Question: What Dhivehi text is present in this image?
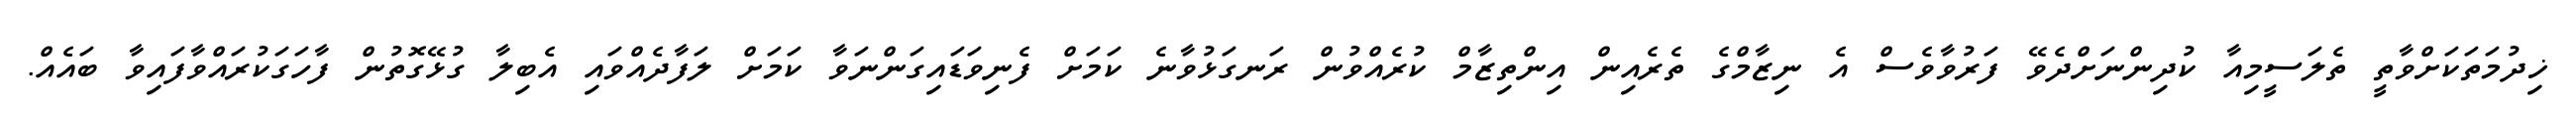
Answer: ޚިދުމަތަކަށްވާތީ ތެލަސީމިއާ ކުދިންނަށްދެވޭ ފަރުވާވެސް އެ ނިޒާމްގެ ތެރެއިން އިންތިޒާމް ކުރެއްވުން ރަނގަޅުވާނެ ކަމަށް ފެނިވަޑައިގަންނަވާ ކަމަށް ލަފާދެއްވައި އެބިލާ ގުޅޭގޮތުން ފާހަގަކުރައްވާފައިވާ ބައެއް.